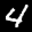
Label: 4